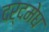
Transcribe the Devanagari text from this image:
दर्दमेघ